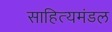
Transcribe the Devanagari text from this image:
साहित्यमंडल